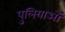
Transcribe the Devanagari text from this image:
पुलियाओं